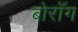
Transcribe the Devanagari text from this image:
बोराँग